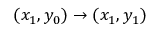
( x _ { 1 } , y _ { 0 } ) \rightarrow ( x _ { 1 } , y _ { 1 } )